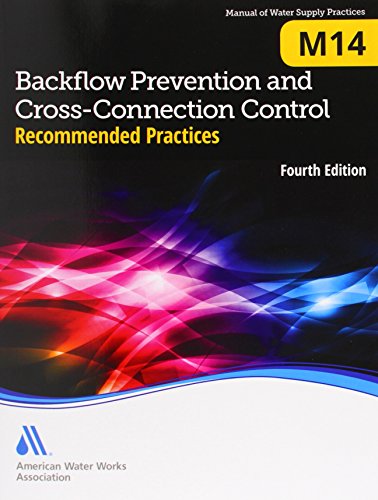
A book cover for Backflow Prevention and Cross-Connection Control: Recommended Practices (M14): AWWA Manual of Water Supply Practice; American Water Works Association; Business & Money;